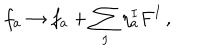
LaTeX: f _ { a } \rightarrow f _ { a } + \sum _ { I } \eta _ { a } ^ { I } F ^ { I } \, ,